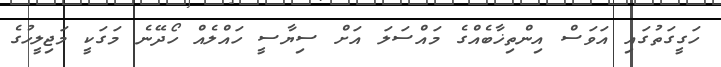
ހަގީގަތުގައި އަވަސް އިންތިޚާބެއްގެ މައްސަލަ އަށް ސިޔާސީ ހައްލެއް ހޯދޭނެ މަގަކީ މަޖިލީހުގެ